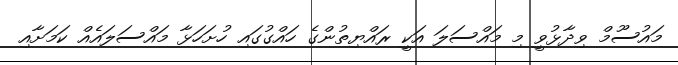
މައުސޫމް ވިދާޅުވީ މި މައްސަލަ އަކީ ރައްޔިތުންގެ ހައްގުގައި ހުށަހަޅާ މައްސަލައެއް ކަމަށާއި